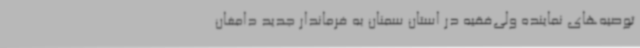
توصیه‌های نماینده ولی‌فقیه در استان سمنان به فرماندار جدید دامغان